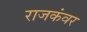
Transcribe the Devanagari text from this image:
राजकंवर